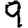
Digit: 9